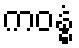
ကဝန္ဓံ